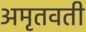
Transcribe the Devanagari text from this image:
अमृतवती